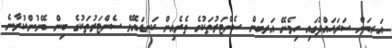
އަރބަން ސަރަޙައްދުގައި ހިމެނޭ އަރބަން ސެންޓަރުތަކުގެ ތެރެއިން ކަނޑައެޅޭ ސެންޓަރުތަކުގެ ބިން ބޭނުންކުރާނެ